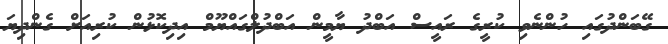
ގޭބަންދުގައި ހުންނެވި ކުރީގެ ރައީސް އަބްދު ޔާމީން އަބްދުލްގައްޔޫމް އިދިކޮޅުން ކުރިއަށް ގެންދިޔަ